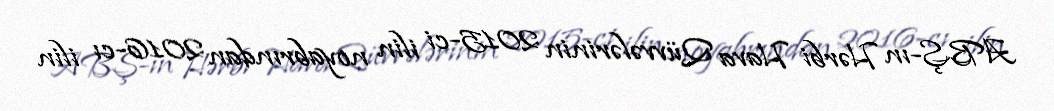
ABŞ-ın Hərbi Hava Qüvvələrinin 2015-ci ilin noyabrından 2016-cı ilin